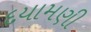
દયામણી